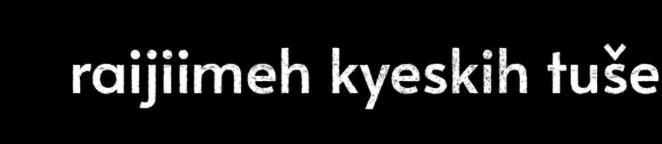
raijiimeh kyeskih tuše